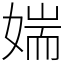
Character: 媏